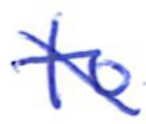
Text: to
Cross-out: diagonal
Writing tool: ballpoint